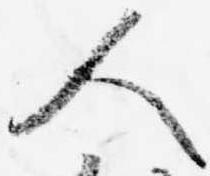
人